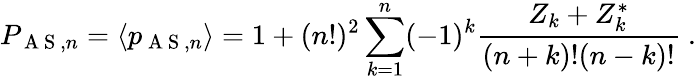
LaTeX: P_{\mathrm{~A~S~},n}=\langle p_{\mathrm{~A~S~},n}\rangle=1+(n!)^{2}\sum_{k=1}^{n}(-1)^{k}\frac{Z_{k}+Z_{k}^{\ast}}{(n+k)!(n-k)!}\ .